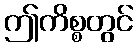
ဤကိစ္စတွင်